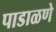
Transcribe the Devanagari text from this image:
पाडाळणे